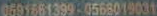
0591661399-0568019031